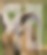
পর